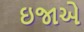
ઇજાએ